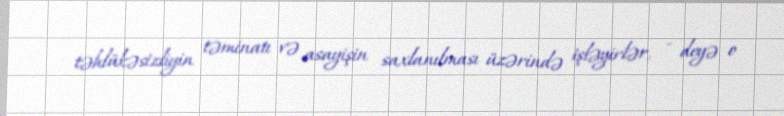
təhlükəsizliyin təminatı və asayişin saxlanılması üzərində işləyirlər, - deyə o